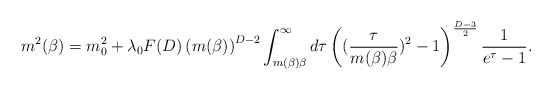
\begin{align*}\ m^{2}(\beta)=m^{2}_{0}+\lambda_{0} F(D) \left(m(\beta)\right)^{D-2}\int^{\infty}_{m(\beta)\beta}d\tau\left((\frac{\tau}{m(\beta)\beta})^{2}-1\right)^{\frac{D-3}{2}}\frac{1}{e^{\tau}-1}.\end{align*}